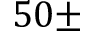
5 0 \pm